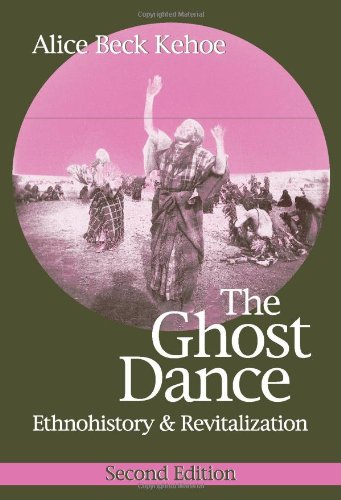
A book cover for The Ghost Dance: Ethnohistory and Revitalization; Alice Beck Kehoe; Politics & Social Sciences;